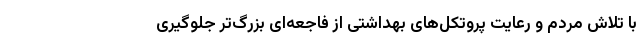
با تلاش مردم و رعایت پروتکل‌های بهداشتی از فاجعه‌ای بزرگ‌تر جلوگیری